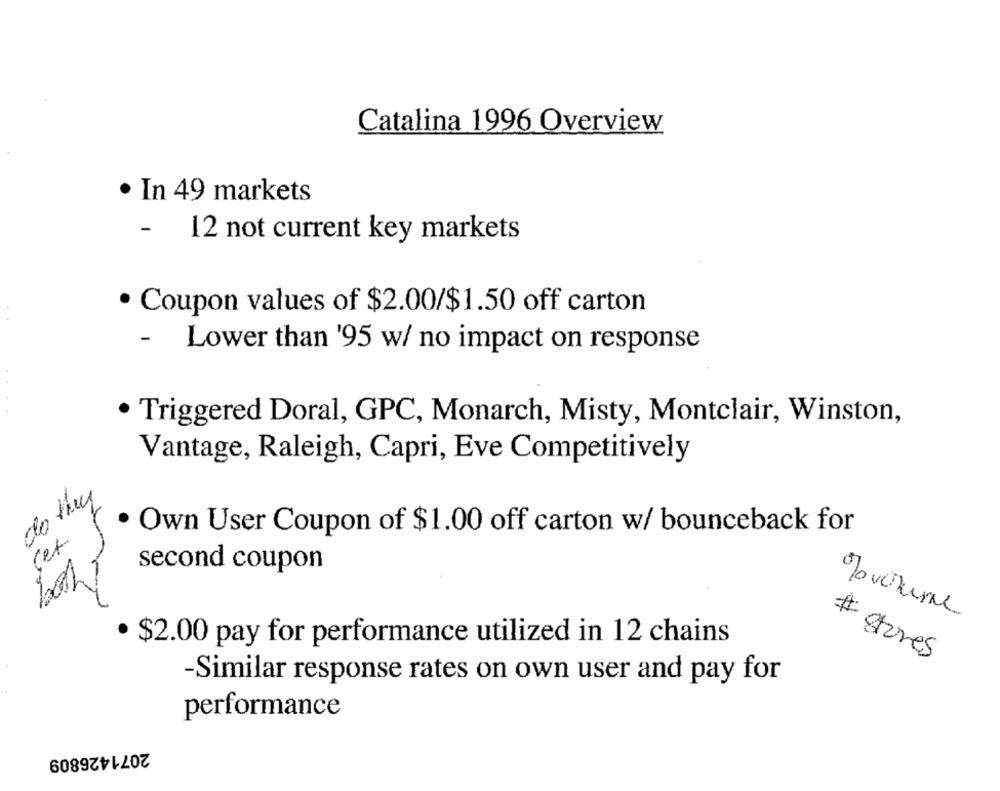
Catalina 1996 Overview
· In 49 markets
- 12 not current key markets
· Coupon values of $2.00/$1.50 off carton
- Lower than '95 w/ no impact on response
Triggered Doral, GPC, Monarch, Misty, Montclair, Winston,
Vantage, Raleigh, Capri, Eve Competitively
do they
· Own User Coupon of $1.00 off carton w/ bounceback for
cet-
second coupon
Touchune
· $2.00 pay for performance utilized in 12 chains
# Atures
-Similar response rates on own user and pay for
performance
2071426809